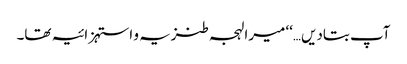
آپ بتادیں…‘‘ میرا لہجہ طنزیہ و استہزائیہ تھا۔